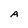
Character: A